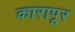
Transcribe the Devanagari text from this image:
कारापूर